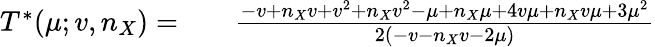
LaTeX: \begin{array}{rlr}{T^{\ast}(\mu;v,n_{X})=}&{{}}&{\frac{-v+n_{X}v+v^{2}+n_{X}v^{2}-\mu+n_{X}\mu+4v\mu+n_{X}v\mu+3\mu^{2}}{2(-v-n_{X}v-2\mu)}}\end{array}